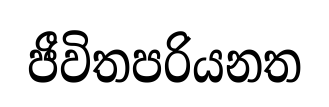
ජීවිතපරියනත